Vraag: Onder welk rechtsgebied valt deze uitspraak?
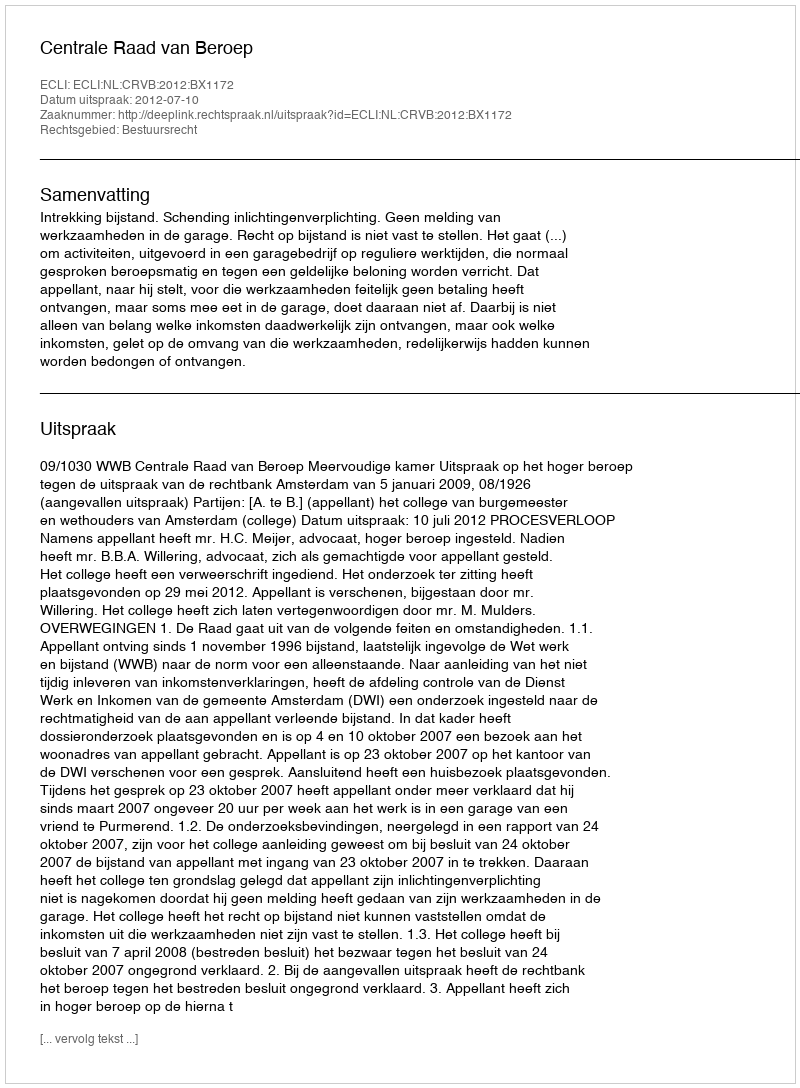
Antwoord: Bestuursrecht